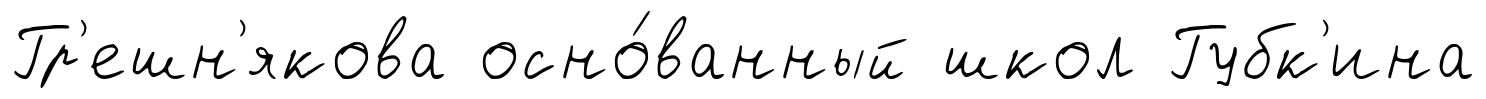
Гр'ешн'якова осно́ванный школ Губк'ина